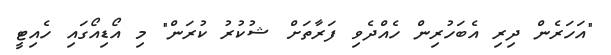
"އަހަރެން ދިރި އެބަހުރިން ހެއްދެވި ފަރާތަށް ޝުކުރު ކުރަން" މި އޯޑިއޯގައި ހެއިޓީ